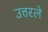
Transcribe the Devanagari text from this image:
उत्तरले